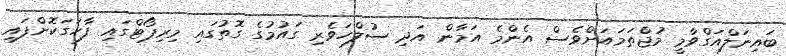
ބައިނަލްއަގްވާމީ މުޖްތަމައަށްވެސް އެންމެ އަމާން އަދި ސުލްހަވެރި ގައުމުގެ ގޮތުގައި މިރިޕޯޓްގައި ފާހަގަކޮށްފައި